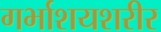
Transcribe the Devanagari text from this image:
गर्भाशयशरीर